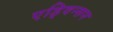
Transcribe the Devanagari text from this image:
एड्विन्सन